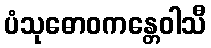
ပံသုဓောဝကန္တေဝါသီ